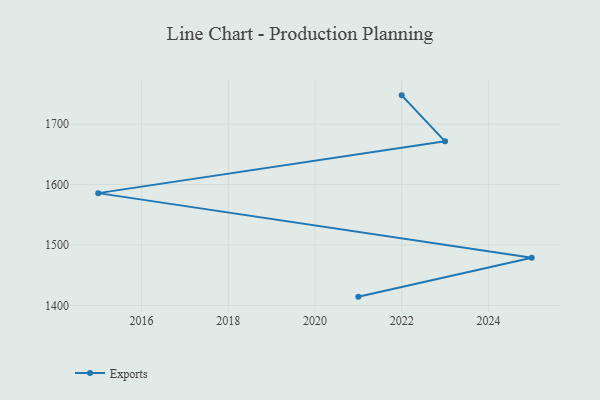
{"axis": {"x": "Year", "y": "Gross Profit (USD K)"}, "legend": ["Exports"], "data": [{"x": "2021", "y": 1414.6, "type": "Exports"}, {"x": "2025", "y": 1479.0, "type": "Exports"}, {"x": "2015", "y": 1585.9, "type": "Exports"}, {"x": "2023", "y": 1671.6, "type": "Exports"}, {"x": "2022", "y": 1747.7, "type": "Exports"}]}